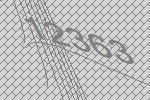
12363